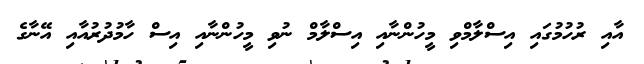
އާއި ރުހުމުގައި އިސްލާމްވި މީހުންނާއި އިސްލާމް ނުވި މީހުންނާއި އިސް ހާމުދުރުއާއި އޭނާގެ